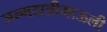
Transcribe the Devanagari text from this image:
जन्मदात्रीमाऊली